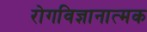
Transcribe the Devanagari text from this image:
रोगविज्ञानात्मक